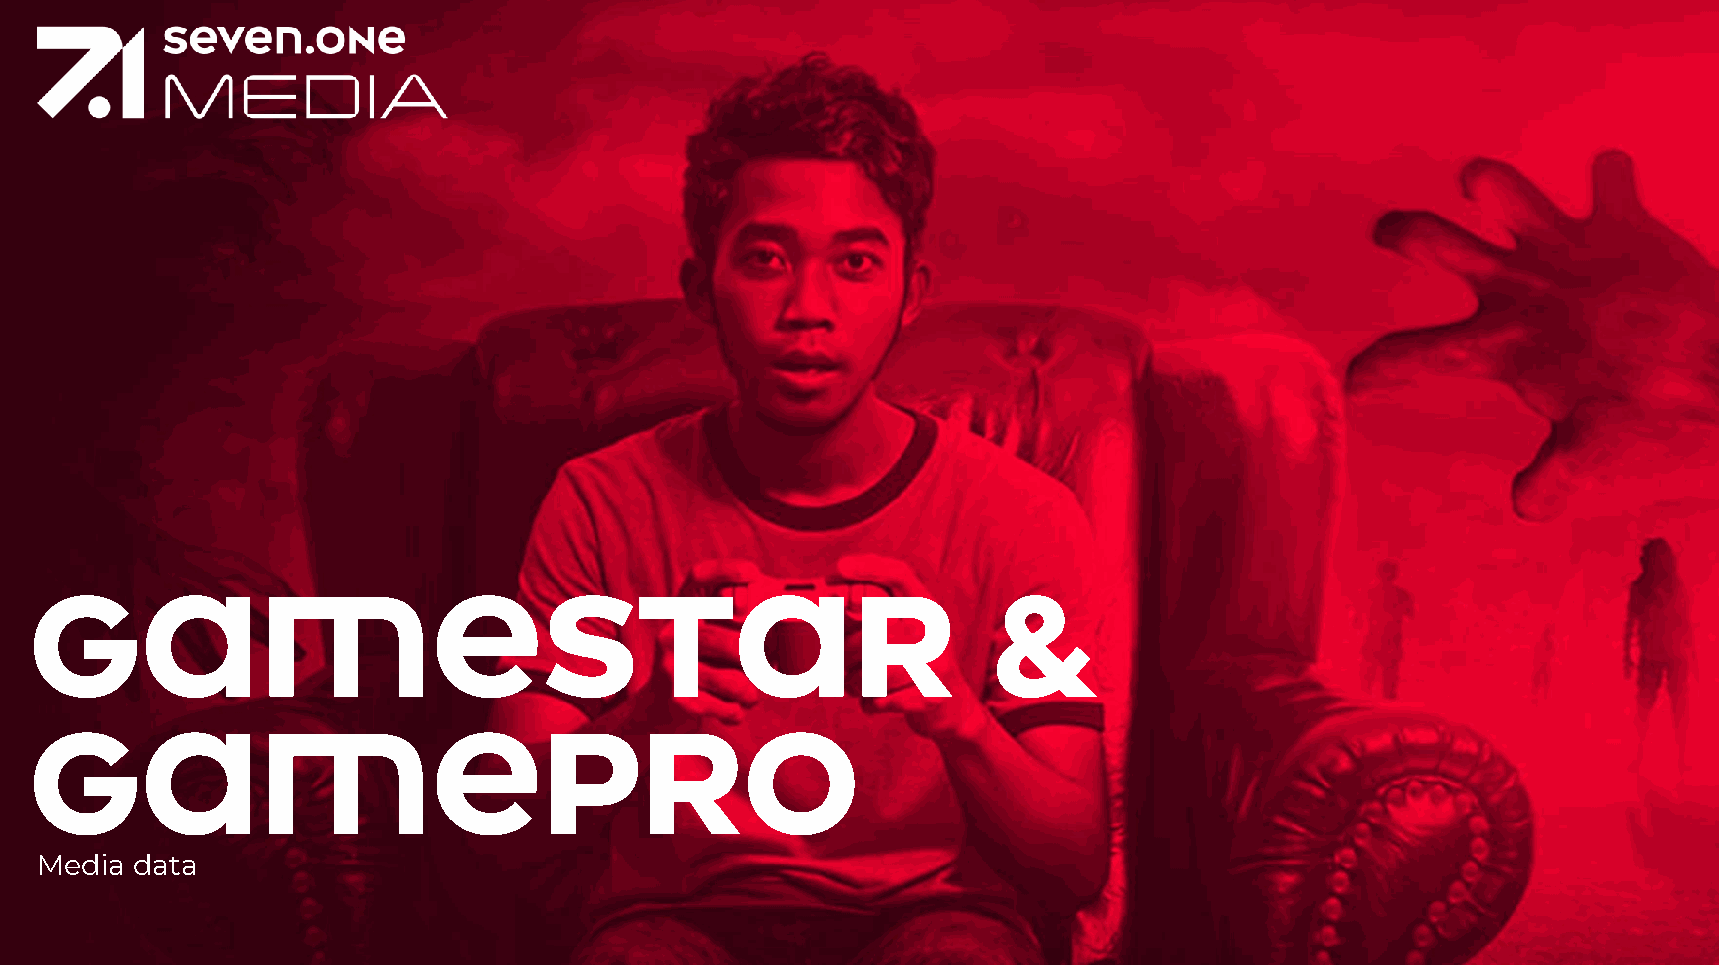
Gamestar                                                        &
 Gamepro
 Media  data